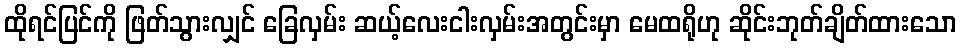
ထိုရင်ပြင်ကို ဖြတ်သွားလျှင် ခြေလှမ်း ဆယ့်လေးငါးလှမ်းအတွင်းမှာ မေထရိုဟု ဆိုင်းဘုတ်ချိတ်ထားသော